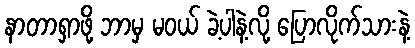
နာတာရှာဖို့ ဘာမှ မဝယ် ခဲ့ပါနဲ့လို့ ပြောလိုက်သားနဲ့